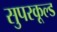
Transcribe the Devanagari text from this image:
सुपरकूल्ड